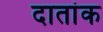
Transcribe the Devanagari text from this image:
दातांक